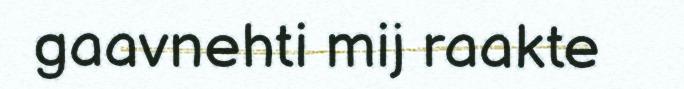
gaavnehti mij raakte